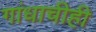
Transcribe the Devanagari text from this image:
गांधाचीही